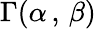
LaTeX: \Gamma(\alpha\, ,\, \beta)